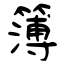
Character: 簿